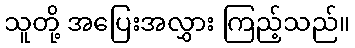
သူတို့ အပြေးအလွှား ကြည့်သည်။